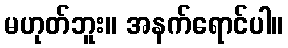
မဟုတ်ဘူး။ အနက်ရောင်ပါ။